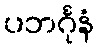
ပဘင်္ဂုနံ